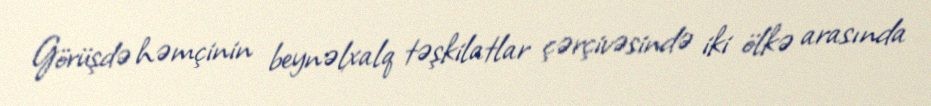
Görüşdə həmçinin beynəlxalq təşkilatlar çərçivəsində iki ölkə arasında